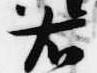
右